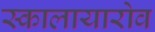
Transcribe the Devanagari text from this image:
स्कालायारोव